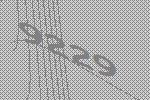
9229